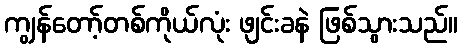
ကျွန်တော့်တစ်ကိုယ်လုံး ဖျင်းခနဲ ဖြစ်သွားသည်။